65_HS1-834228961_62-HQ-83894_Section_8
Agency: FBI
Page 100
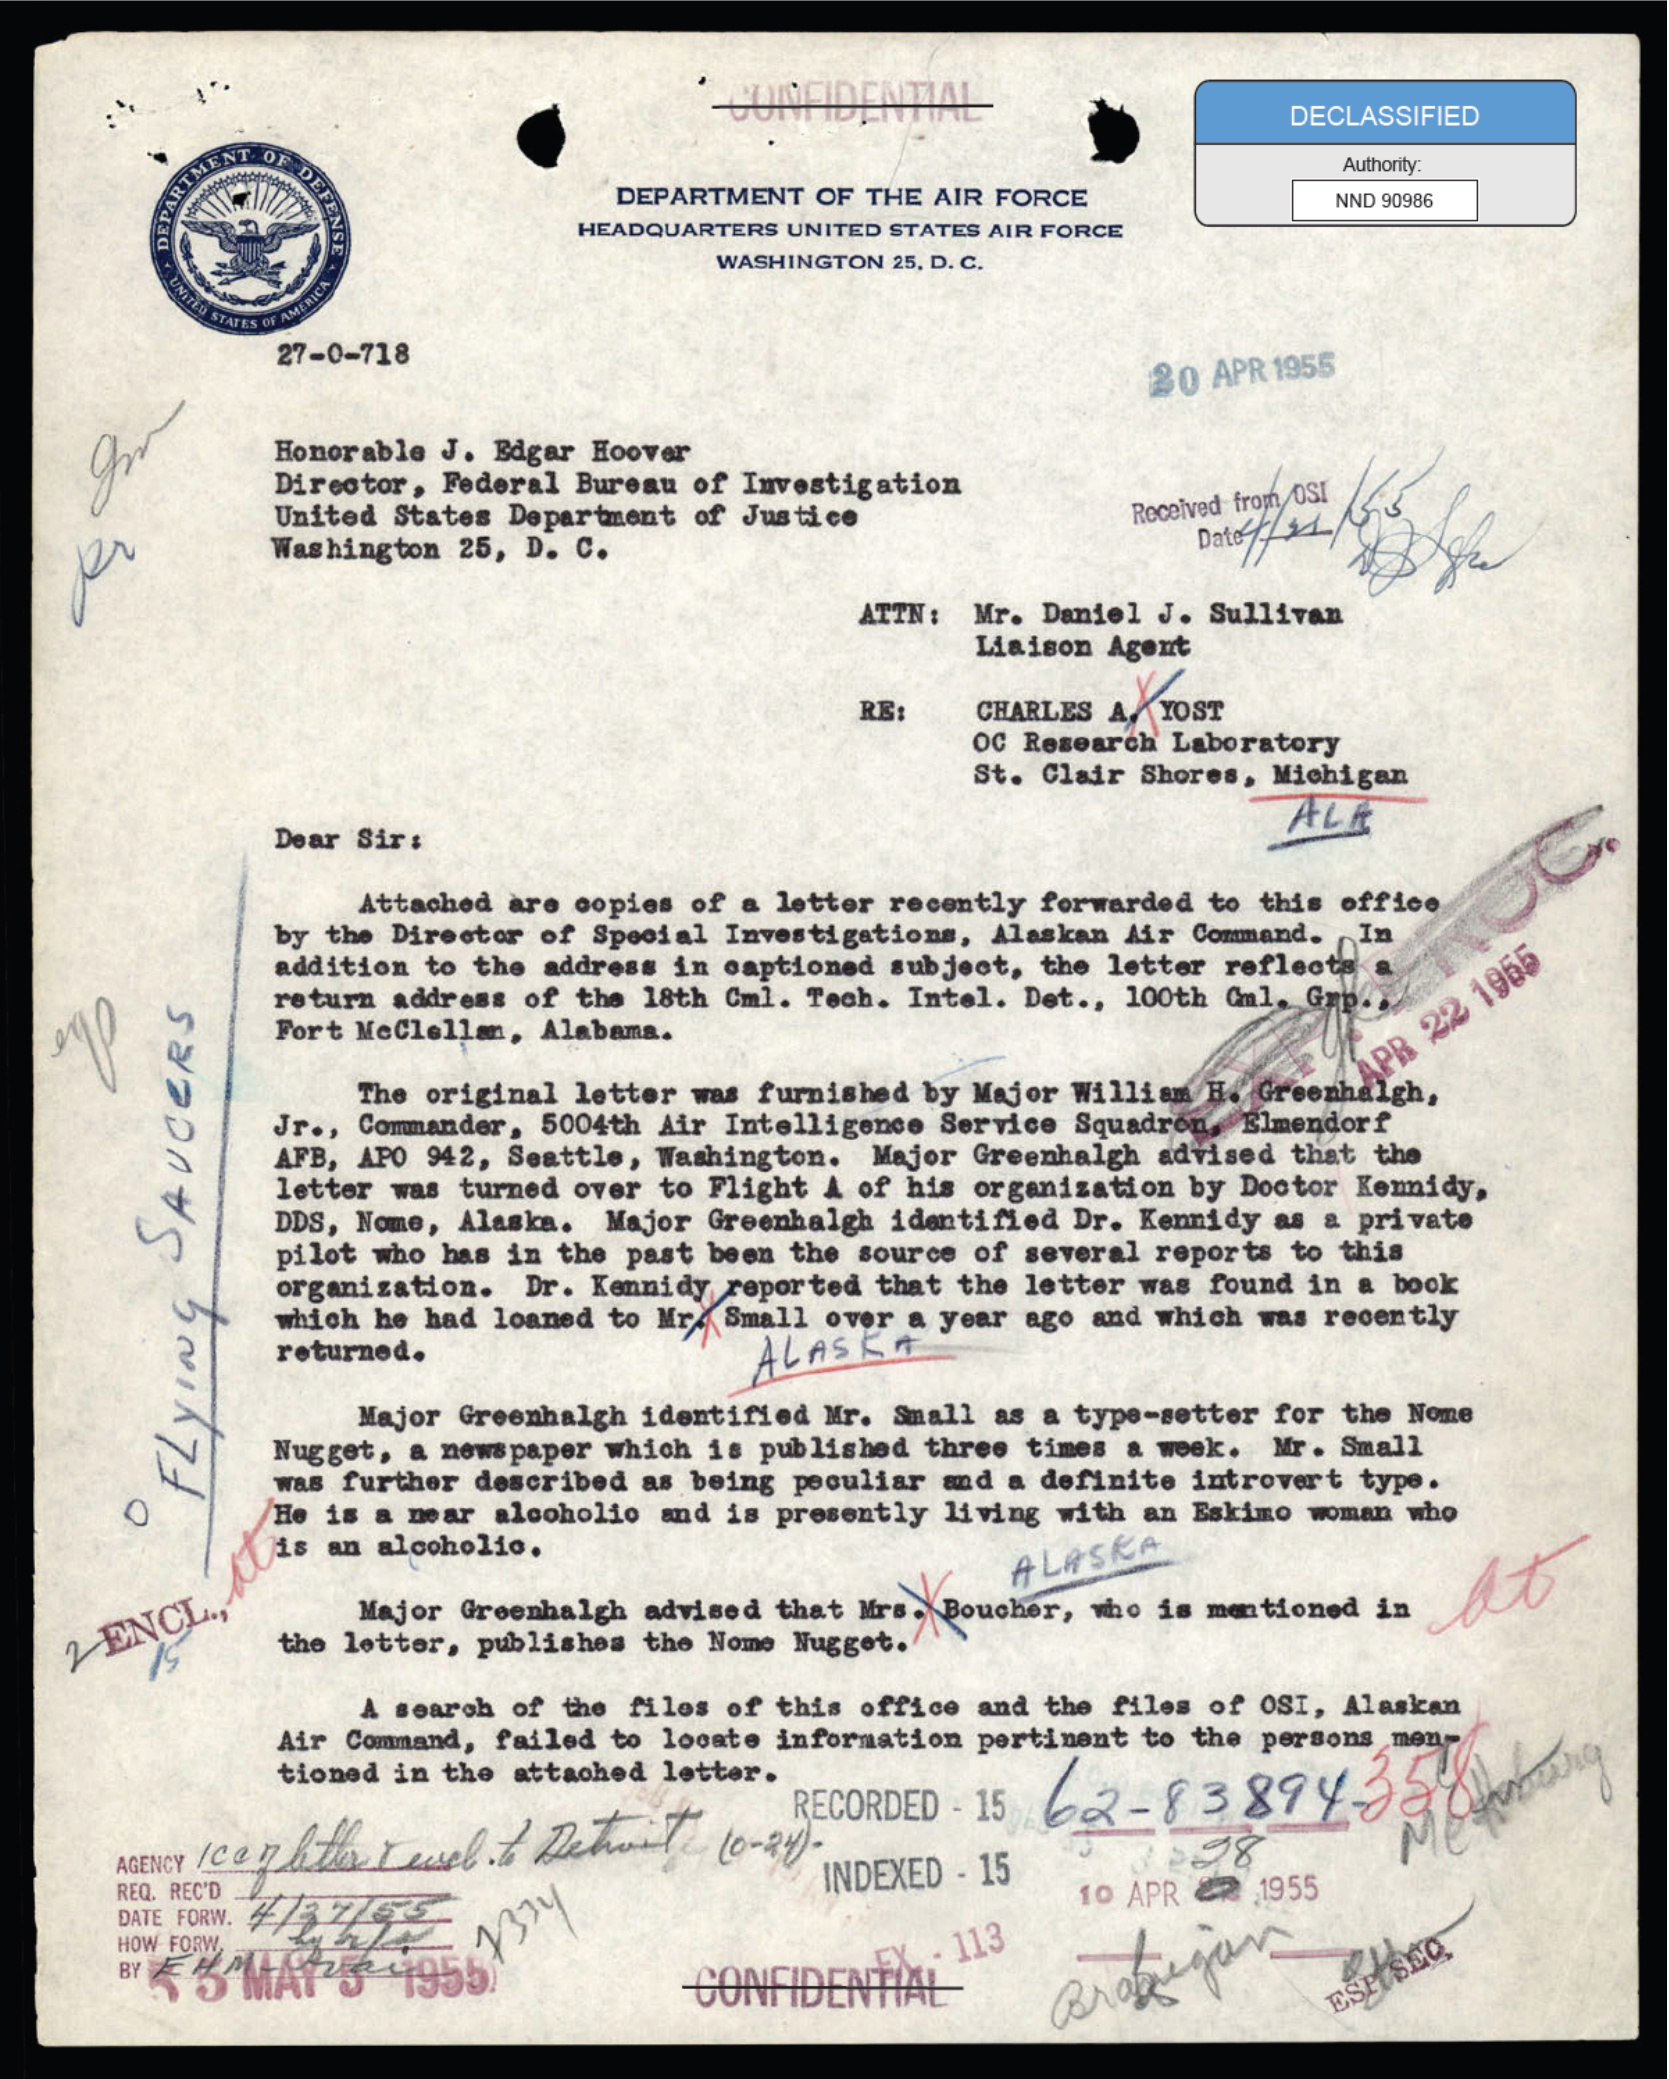